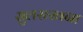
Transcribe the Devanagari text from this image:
सुलख्खना